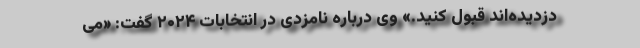
دزدیده‌اند قبول کنید.» وی درباره نامزدی در انتخابات ۲۰۲۴ گفت: «می